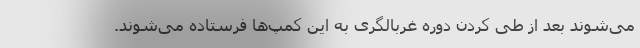
می‌شوند بعد از طی کردن دوره غربالگری به این کمپ‌ها فرستاده می‌شوند.